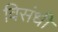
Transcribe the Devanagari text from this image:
विसंधी